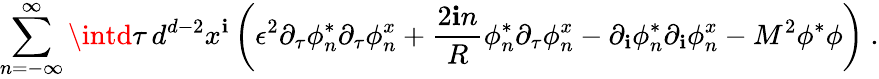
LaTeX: \sum_{n=-\infty}^{\infty}\intd\tau\, d^{d-2}x^{\mathbf{i}}\left(\epsilon^{2}\partial_{\tau}\phi_{n}^{*}\partial_{\tau}\phi_{n}^{\vphantom{}{x}}+\frac{{2\mathbf{i}n}}{{R}}\phi_{n}^{*}\partial_{\tau}\phi_{n}^{\vphantom{}{x}}-\partial_{\mathbf{i}}\phi_{n}^{*}\partial_{\mathbf{i}}\phi_{n}^{\vphantom{}{x}}-M^{2}\phi^{*}\phi\right)\ .